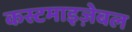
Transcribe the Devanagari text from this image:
कस्टमाइज़ेबल